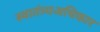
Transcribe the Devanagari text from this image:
स्वातंत्र्यअधिकार